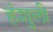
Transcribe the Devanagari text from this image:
हंशुली